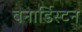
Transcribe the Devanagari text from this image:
बनार्डिस्टन